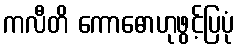
ကလီတိ ကောဓောဟုဖွင့်ပြပုံ